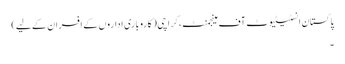
پاکستان انسٹیٹیوٹ آف مینجمنٹ، کراچی(کاروباری اداروں کے افسران کے لیے)
۔